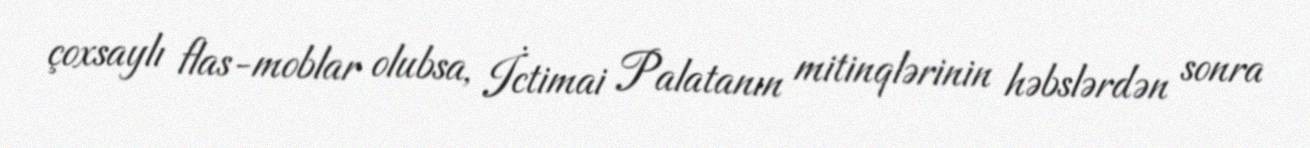
çoxsaylı flas-moblar olubsa, İctimai Palatanın mitinqlərinin həbslərdən sonra